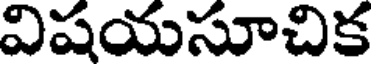
విషయసూచిక